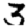
Digit: 3